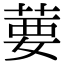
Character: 葽